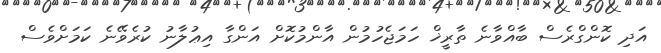
އަދި ކޮންގްރެސް ބާއްވާނެ ތާރީޚް ހަމަޖެހުމުން އާންމުކޮށް އަންގާ އިޢުލާނު ކުރެވޭނެ ކަމަށްވެސް